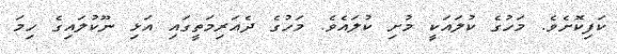
ކަފިކޮށެވެ. މަހުގެ ކުލައަކީ މުށި ކުލައެވެ. މަހުގެ ދެއަރިމަތީގައި އަޅި ނޫކުލައިގެ ހިމަ